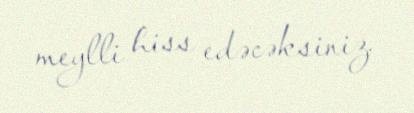
meylli hiss edəcəksiniz.